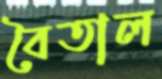
বৈতাল